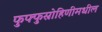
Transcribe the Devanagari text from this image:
फुफ्फुस्रोहिणीमधील